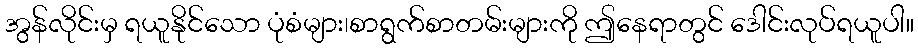
အွန်လိုင်းမှ ရယူနိုင်သော ပုံစံများ၊စာရွက်စာတမ်းများကို ဤနေရာတွင် ဒေါင်းလုပ်ရယူပါ။